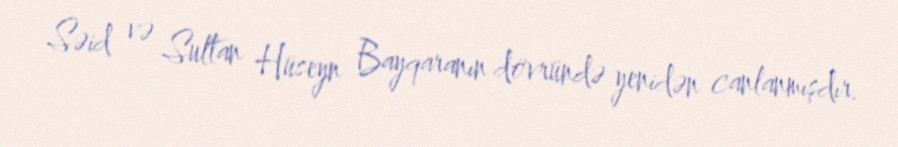
Səid və Sultan Hüseyn Bayqaranın dövründə yenidən canlanmışdır.